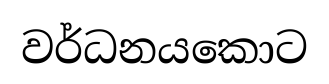
වර්ධනයකොට